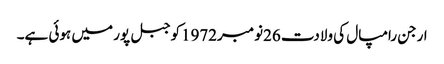
ارجن رامپال کی ولادت 26نومبر1972کوجبل پور میں ہوئی ہے۔